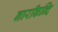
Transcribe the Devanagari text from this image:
नारकिन्दि